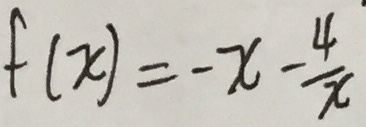
f ( x ) = - x - \frac { 4 } { x }